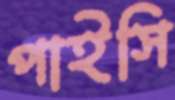
পাইসি